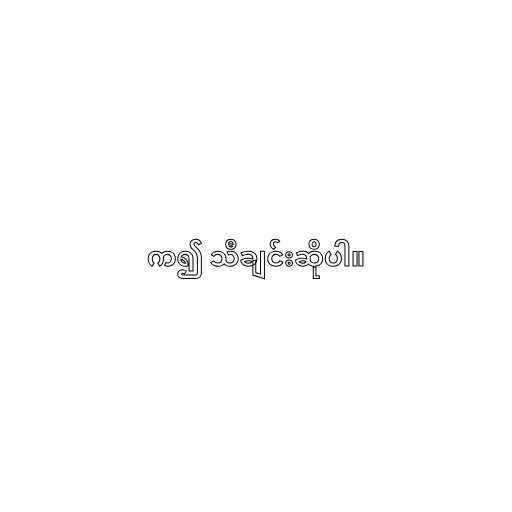
က၍ သီချင်းဆိုပါ။